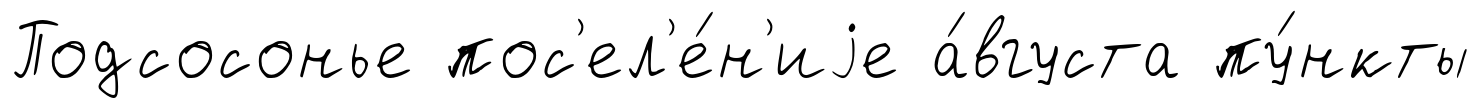
Подсосонье пос'ел'е́н'иjе а́вгуста пу́нкты